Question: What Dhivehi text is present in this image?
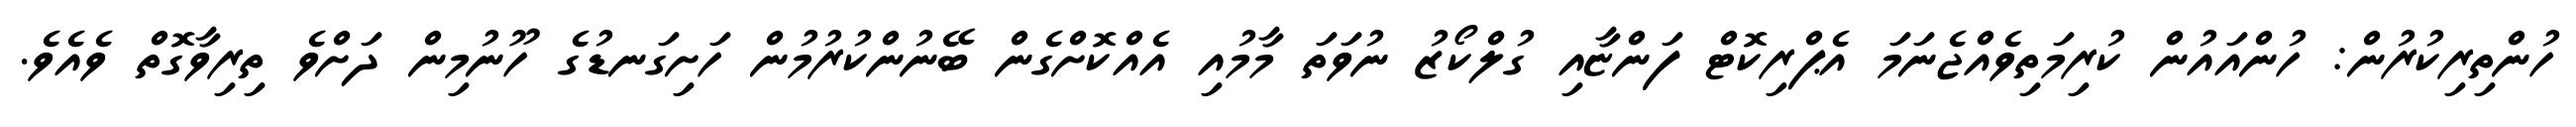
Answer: ހުންތިރިކުރުން: ހުންއައުން ކުރިމަތިވެއްޖެނަމަ އެޕްރިކޮޓް ފަންޏާއި ގުލްކޯޒު ނުވަތަ މާމުއި އެއްކޮށްގެން ބޭނުންކުރުމުން ހަށިގަނޑުގެ ހޫނުމިން ދަށްވެ ތިރިވާގޮތް ވެއެވެ.